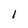
Character: l